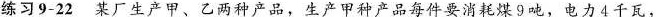
练习9-22某厂生产甲、乙两种产品，生产甲种产品每件要消耗煤9吨，电力4千瓦，